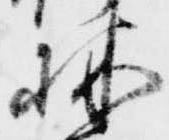
林